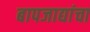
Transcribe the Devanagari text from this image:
बापजाद्यांचा